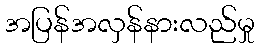
အပြန်အလှန်နားလည်မှု